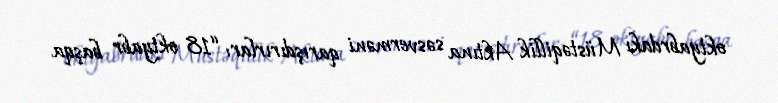
oktyabrdakı Müstəqillik Aktına səsverməni qarışdırırlar: “18 oktyabr başqa